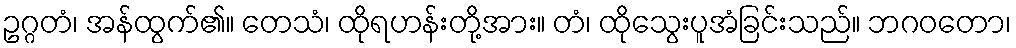
ဥဂ္ဂတံ၊ အန်ထွက်၏။ တေသံ၊ ထိုရဟန်းတို့အား။ တံ၊ ထိုသွေးပူအံခြင်းသည်။ ဘဂဝတော၊